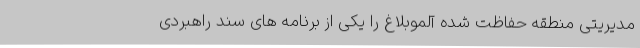
مدیریتی منطقه حفاظت شده آلموبلاغ را یکی از برنامه های سند راهبردی